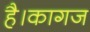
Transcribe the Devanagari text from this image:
है।कागज